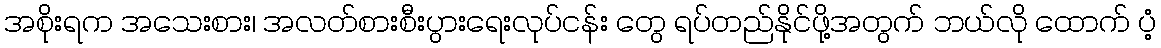
အစိုးရက အသေးစား၊ အလတ်စားစီးပွားရေးလုပ်ငန်း တွေ ရပ်တည်နိုင်ဖို့အတွက် ဘယ်လို ထောက် ပံ့